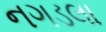
નગડલા